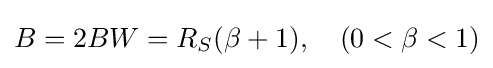
B=2BW=R_{S}(\beta +1),\quad (0<\beta <1)